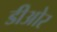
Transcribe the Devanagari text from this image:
डीओर